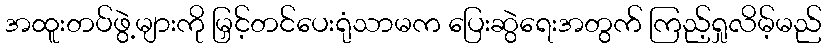
အထူးတပ်ဖွဲ့များကို မြှင့်တင်ပေးရုံသာမက ပြေးဆွဲရေးအတွက် ကြည့်ရှုလိမ့်မည်